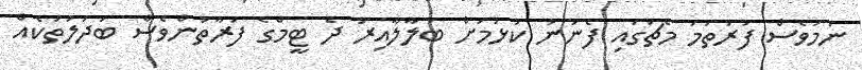
ނަމަވެސް ފުރަތަމަ މެޗުގައި ފެނުނު ކުޅުމަށް ބަލާލާއިރު ދެ ޓީމްގެ ފަރާތުންވެސް ބަދަލުތަކެއް